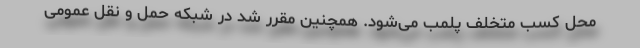
محل کسب متخلف پلمب می‌شود. همچنین مقرر شد در شبکه حمل و نقل عمومی